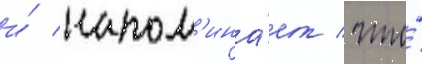
и́ напом'ина́ет / что́